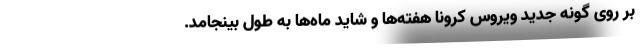
بر روی گونه جدید ویروس کرونا هفته‌ها و شاید ماه‌ها به طول بینجامد.